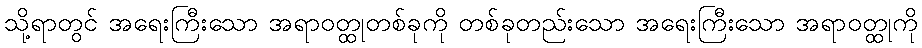
သို့ရာတွင် အရေးကြီးသော အရာဝတ္ထုတစ်ခုကို တစ်ခုတည်းသော အရေးကြီးသော အရာဝတ္ထုကို